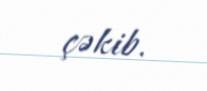
çəkib.